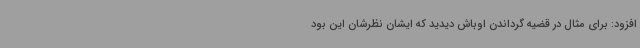
افزود: برای مثال در قضیه گرداندن اوباش دیدید که ایشان نظرشان این بود